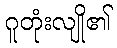
ဂူတုံးလျို၏